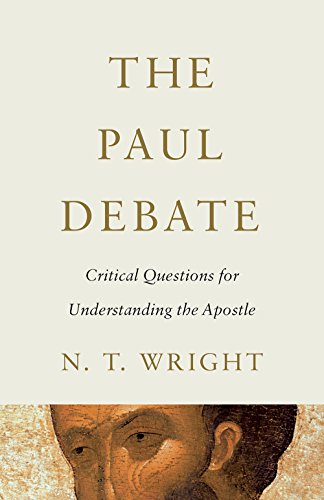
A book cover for The Paul Debate: Critical Questions for Understanding the Apostle; N. T. Wright; Christian Books & Bibles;